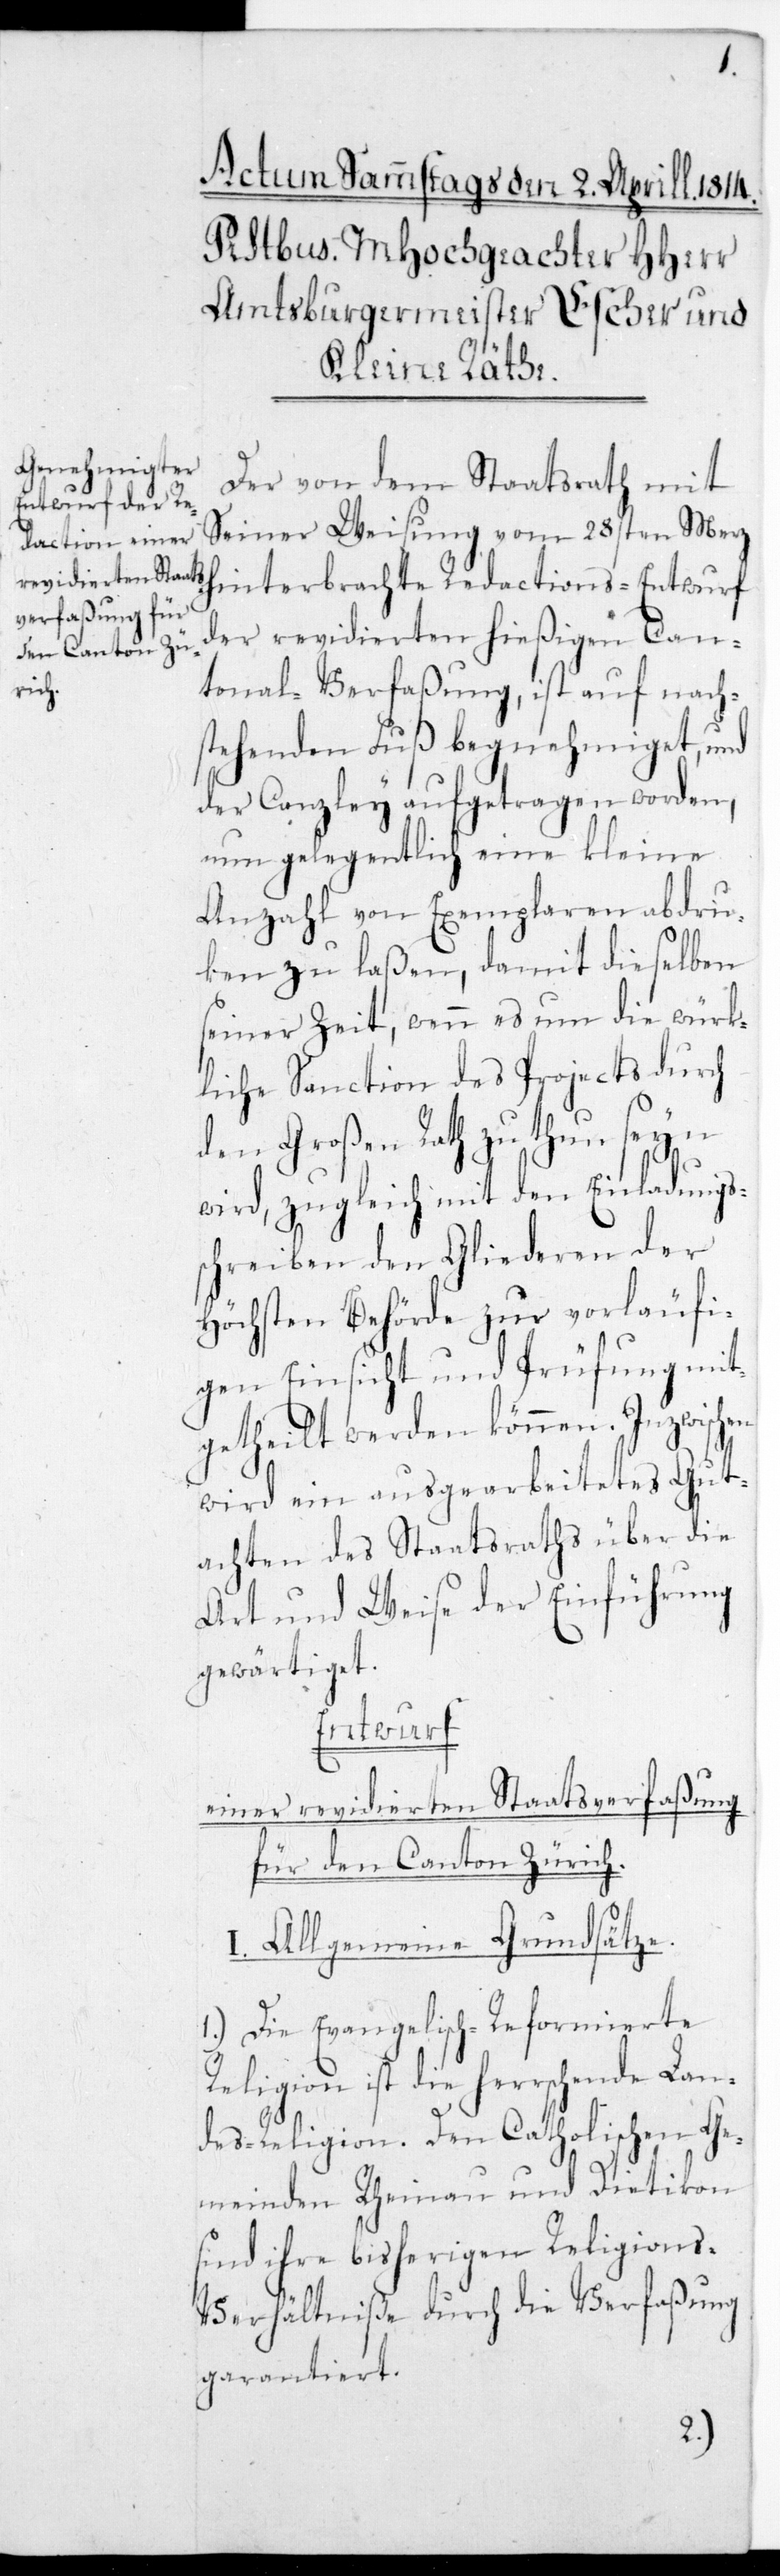
Der von dem Staatsrath mit
seiner Weisung vom 28sten Merz
hinterbrachte Redactions-Entwurf
der revidierten hießigen Can¬
tonal-Verfaßung, ist auf nach¬
stehenden Fuß begnehmiget, und
der Canzley aufgetragen worden,
nun gelegentlich eine kleine
Anzahl von Exemplaren abdru¬
cken zu laßen, damit dieselben
seiner Zeit, wenn es um die würk¬
liche Sanction des Projects durch
den Großen Rath zu thun sein
wird, zugleich mit den Einladungs¬
schreiben den Gliederen der
Höchsten Behörde zur vorläufi¬
gen Einsicht und Prüfung mit¬
getheilt werden können. Inzwischen
wird ein ausgearbeitetes Gut¬
achten des Staatsraths über die
Art und Weise der Einführung
gewärtiget.
Entwurf
einer revidierten Staatsverfaßung
für den Canton Zürich.
I. Allgemeine Grundsätze.
1.) Die Evangelisch-Reformierte
Religion ist die herrschende Lan¬
desreligion. Den Catholischen Ge¬
meinden Rheinau und Dietikon
sind ihre bisherigen Religions¬
verhältniße durch die Verfaßung
garantiert.